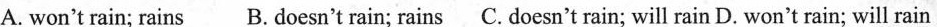
A. won't rain; rains B. Doesn't rain; rains C. Doesn't rain; will rain D. Won't rain; will rain